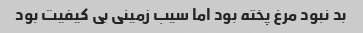
بد نبود مرغ پخته بود اما سیب زمینی بی کیفیت بود